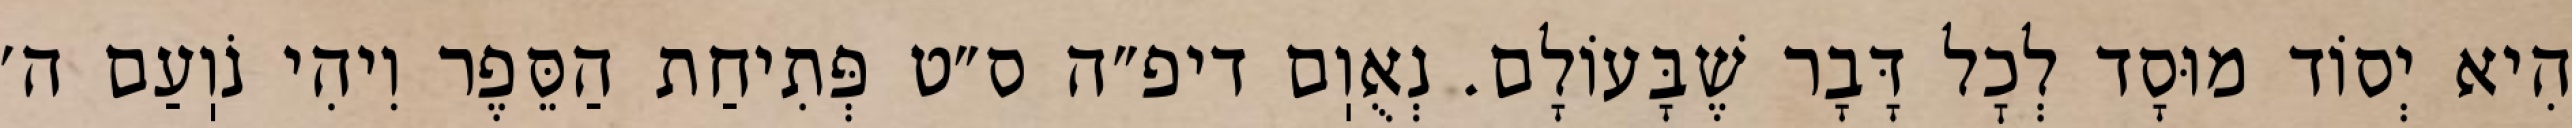
הִיא יְסוֹד מוּסָד לְכׇל דָּבָר שֶׁבָּעוֹלָם. נְאֻוֽם דיפ״ה ס״ט פְּתִיחַת הַסֵּפֶר וִיהִי נֹוֽעַם ה׳